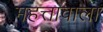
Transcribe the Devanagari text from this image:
महत्तावाला